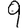
Digit: 9